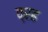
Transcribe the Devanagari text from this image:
व्रह